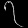
Digit: ၇